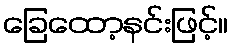
ခြေထော့နင်းဖြင့်။